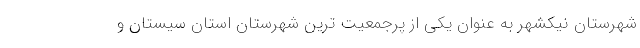
شهرستان نیکشهر به عنوان یکی از پرجمعیت ترین شهرستان استان سیستان و